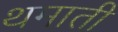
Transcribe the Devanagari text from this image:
थमाती